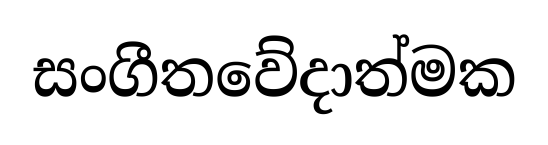
සංගීතවේදාත්මක